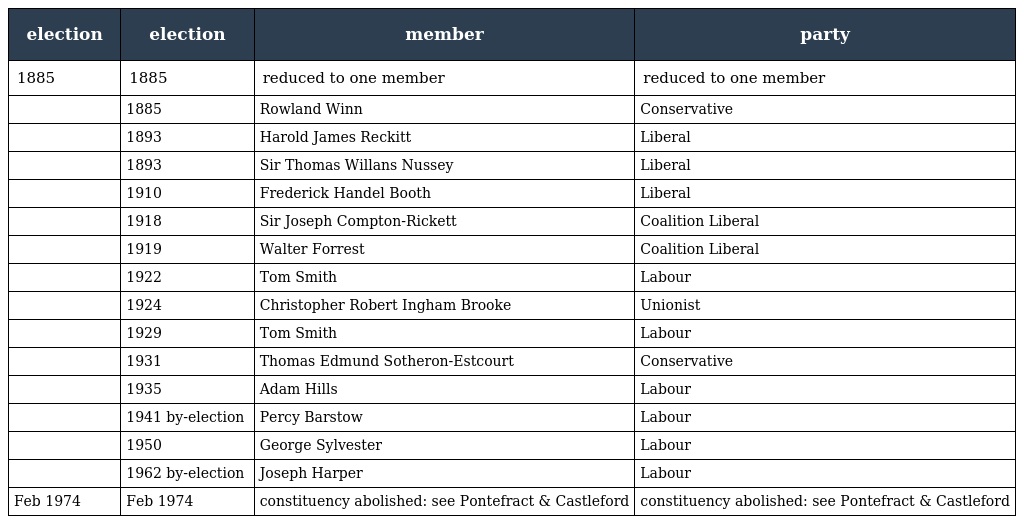
| election | election | member | party |
 | --- | --- | --- | --- |
 | 1885 | 1885 | reduced to one member | reduced to one member |
 |  | 1885 | Rowland Winn | Conservative |
 |  | 1893 | Harold James Reckitt | Liberal |
 |  | 1893 | Sir Thomas Willans Nussey | Liberal |
 |  | 1910 | Frederick Handel Booth | Liberal |
 |  | 1918 | Sir Joseph Compton-Rickett | Coalition Liberal |
 |  | 1919 | Walter Forrest | Coalition Liberal |
 |  | 1922 | Tom Smith | Labour |
 |  | 1924 | Christopher Robert Ingham Brooke | Unionist |
 |  | 1929 | Tom Smith | Labour |
 |  | 1931 | Thomas Edmund Sotheron-Estcourt | Conservative |
 |  | 1935 | Adam Hills | Labour |
 |  | 1941 by-election | Percy Barstow | Labour |
 |  | 1950 | George Sylvester | Labour |
 |  | 1962 by-election | Joseph Harper | Labour |
 | Feb 1974 | Feb 1974 | constituency abolished: see Pontefract & Castleford | constituency abolished: see Pontefract & Castleford |